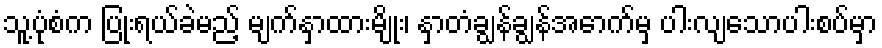
သူ့ပုံစံက ပြုံးရယ်ခဲမည့် မျက်နှာထားမျိုး၊ နှာတံချွန်ချွန်အောက်မှ ပါးလျသောပါးစပ်မှာ